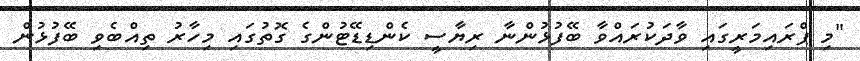
"މި ޕްރައިމަރީގައި ވާދަކުރައްވާ ބޭފުޅުންނާ ރިޔާސީ ކެންޑިޑޭޓުންގެ ގޮތުގައި މިހާރު ތިއްބެވި ބޭފުޅުން